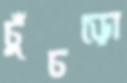
চুঁচড়ো